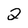
Character: 2